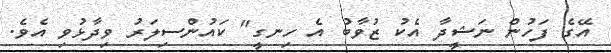
އޭގެ ފަހުން ނަޝީދާ އެކު ޒުވާބު އެ ހިނގީ" ކައުންސިލަރު ވިދާޅުވި އެވެ.